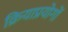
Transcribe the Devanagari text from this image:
क्रियाप्रयोगों